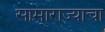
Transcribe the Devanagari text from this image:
सामा्राज्याचा